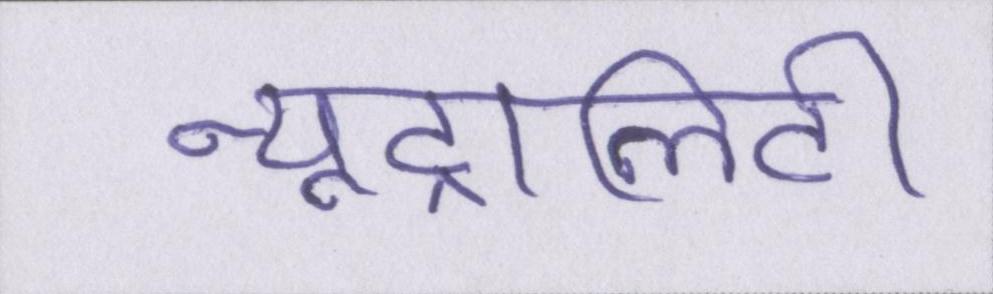
न्यूट्रालिटी